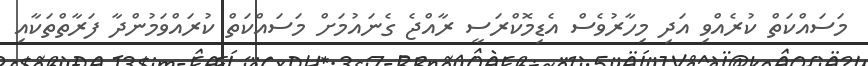
މަސައްކަތް ކުރެއްވި އަދި މިހާރުވެސް އެޑިމޮކްރަސީ ރާއްޖެ ގެނައުމަށް މަސައްކަތް ކުރައްވަމުންދާ ފަރާތްތަކާއި